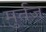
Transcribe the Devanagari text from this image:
मुर्तज